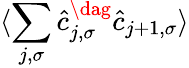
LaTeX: \langle\sum_{j,\sigma}\hat{c}_{j,\sigma}^{\dag}\hat{c}_{j+1,\sigma}\rangle